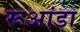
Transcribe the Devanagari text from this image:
रूआंडा